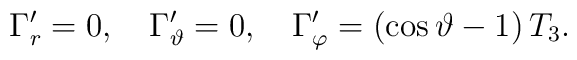
\Gamma_r^\prime = 0 , \quad \Gamma_\vartheta^\prime = 0 , \quad \Gamma_\varphi^\prime = \left( \cos \vartheta - 1 \right) T_3 .